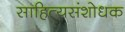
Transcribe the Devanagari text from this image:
साहित्यसंशोधक